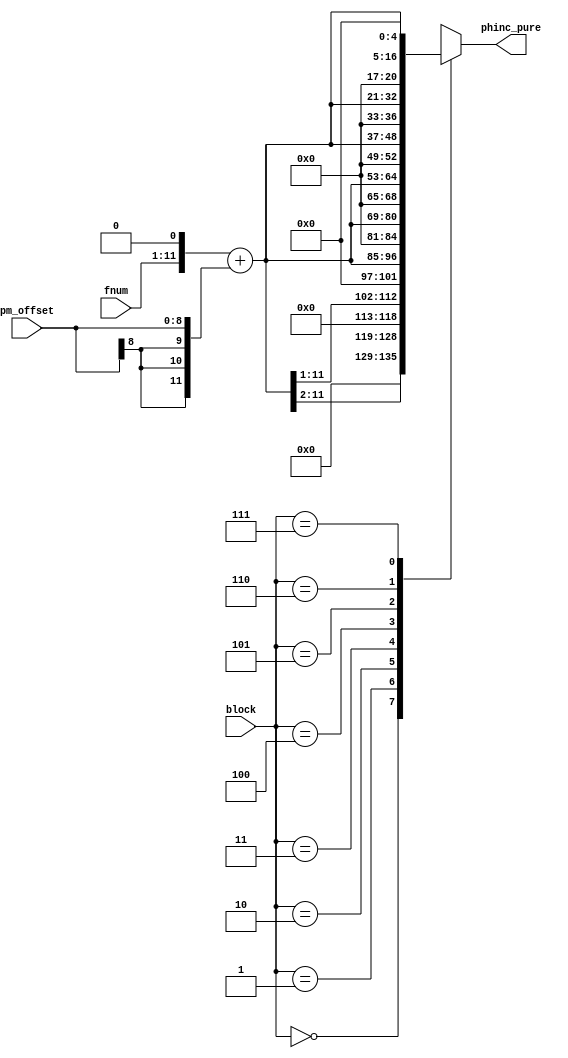
/*  This file is part of JT12.

    JT12 is free software: you can redistribute it and/or modify
    it under the terms of the GNU General Public License as published by
    the Free Software Foundation, either version 3 of the License, or
    (at your option) any later version.

    JT12 is distributed in the hope that it will be useful,
    but WITHOUT ANY WARRANTY; without even the implied warranty of
    MERCHANTABILITY or FITNESS FOR A PARTICULAR PURPOSE.  See the
    GNU General Public License for more details.

    You should have received a copy of the GNU General Public License
    along with JT12.  If not, see <http://www.gnu.org/licenses/>.
    
    Author: Jose Tejada Gomez. Twitter: @topapate
    Version: 1.0
    Date: 2-11-2018
    
    Based on information posted by Nemesis on:
http://gendev.spritesmind.net/forum/viewtopic.php?t=386&postdays=0&postorder=asc&start=167

    Based on jt51_phasegen.v, from JT51 
    
    */

module jt12_pg_inc (
    input       [ 2:0] block,
    input       [10:0] fnum,
    input signed [8:0] pm_offset,
    output reg  [16:0] phinc_pure
);

reg [11:0] fnum_mod;

always @(*) begin 
    fnum_mod = {fnum,1'b0} + {{3{pm_offset[8]}},pm_offset};
    case ( block )
        3'd0: phinc_pure = { 7'd0, fnum_mod[11:2] };
        3'd1: phinc_pure = { 6'd0, fnum_mod[11:1] };
        3'd2: phinc_pure = { 5'd0, fnum_mod[11:0] };
        3'd3: phinc_pure = { 4'd0, fnum_mod, 1'd0 };
        3'd4: phinc_pure = { 3'd0, fnum_mod, 2'd0 };
        3'd5: phinc_pure = { 2'd0, fnum_mod, 3'd0 };
        3'd6: phinc_pure = { 1'd0, fnum_mod, 4'd0 };
        3'd7: phinc_pure = {       fnum_mod, 5'd0 };
    endcase
end

endmodule // jt12_pg_inc